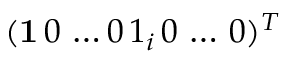
( \mathbf { 1 } \, 0 \, \dots 0 \, 1 _ { i } \, 0 \, \dots \, 0 ) ^ { T }